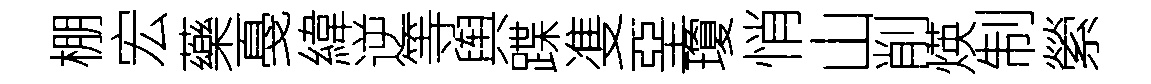
棚宏藥戞緯逆等舆蹀㕠堊瓊悄山削煐制縈